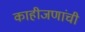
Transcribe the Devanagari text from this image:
काहीजणांची